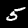
Label: 5